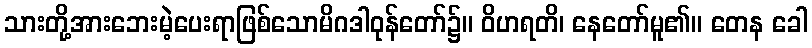
သားတို့အားဘေးမဲ့ပေးရာဖြစ်သောမိဂဒါဝုန်တော်၌။ ဝိဟရတိ၊ နေတော်မူ၏။ တေန ခေါ